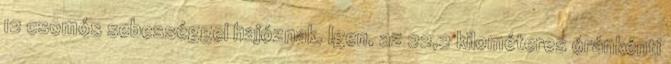
12 csomós sebességgel hajóznak. Igen, az 22,2 kilométeres óránkénti